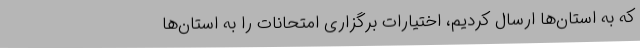
که به استان‌ها ارسال کردیم، اختیارات برگزاری امتحانات را به استان‌ها